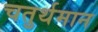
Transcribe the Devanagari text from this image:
चतुर्थमान